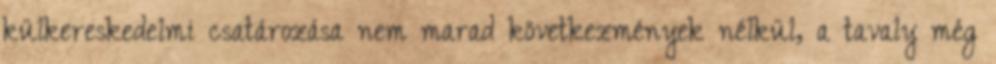
külkereskedelmi csatározása nem marad következmények nélkül, a tavaly még